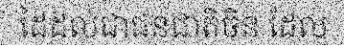
ដៃដល់ជាជនជាតិចិន ដែល